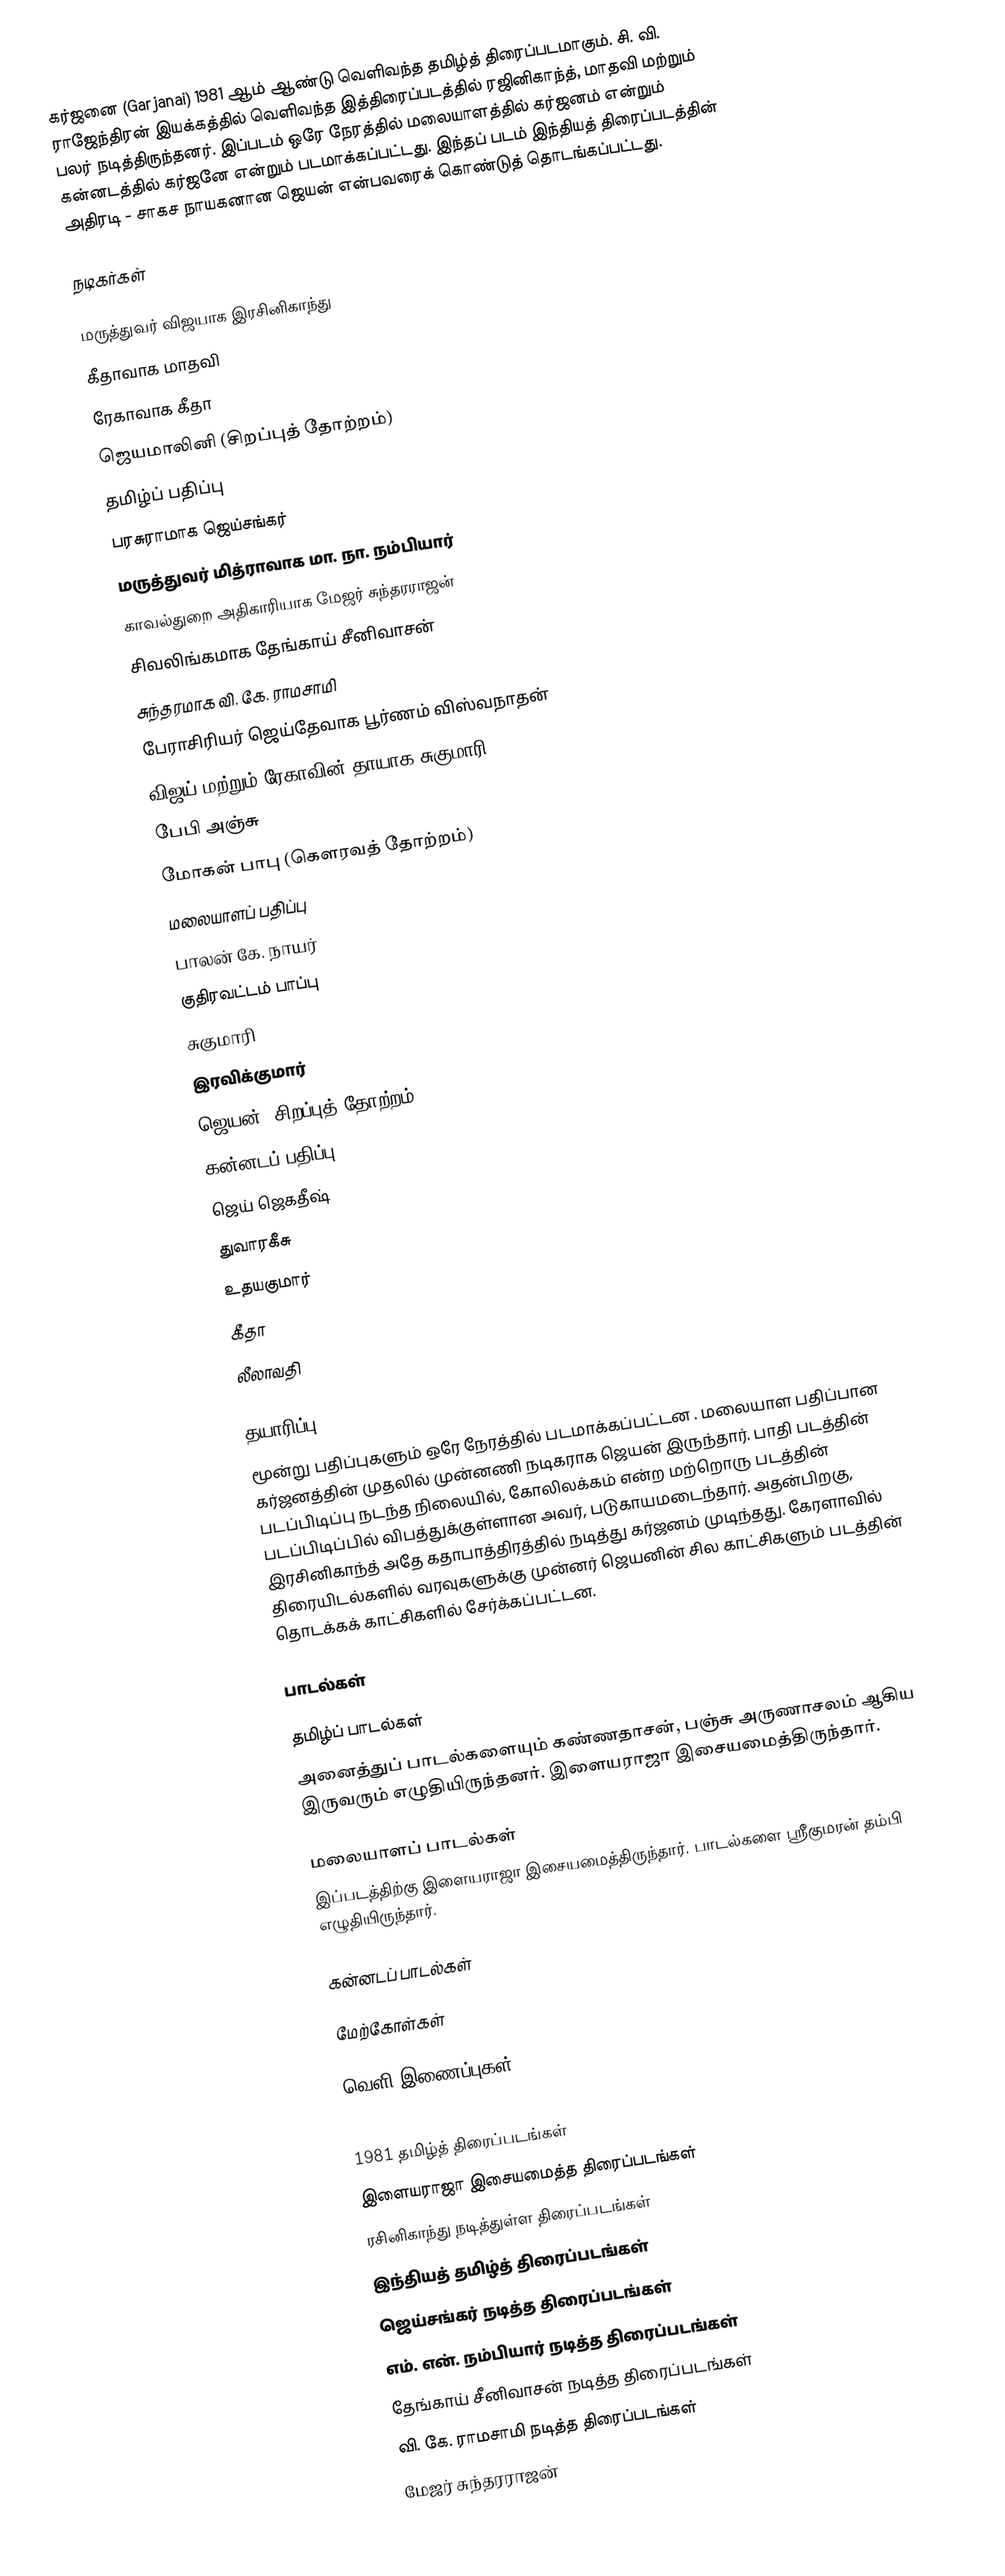
கர்ஜனை (Garjanai) 1981 ஆம் ஆண்டு வெளிவந்த தமிழ்த் திரைப்படமாகும். சி. வி. ராஜேந்திரன் இயக்கத்தில் வெளிவந்த இத்திரைப்படத்தில் ரஜினிகாந்த், மாதவி மற்றும் பலர் நடித்திருந்தனர். இப்படம் ஒரே நேரத்தில் மலையாளத்தில் கர்ஜனம் என்றும் கன்னடத்தில் கர்ஜனே என்றும் படமாக்கப்பட்டது. இந்தப் படம் இந்தியத் திரைப்படத்தின் அதிரடி - சாகச நாயகனான ஜெயன் என்பவரைக் கொண்டுத் தொடங்கப்பட்டது.

நடிகர்கள்

 மருத்துவர் விஜயாக இரசினிகாந்து
 கீதாவாக மாதவி
 ரேகாவாக கீதா
 ஜெயமாலினி (சிறப்புத் தோற்றம்)
 தமிழ்ப் பதிப்பு
 பரசுராமாக ஜெய்சங்கர்
 மருத்துவர் மித்ராவாக மா. நா. நம்பியார்
 காவல்துறை அதிகாரியாக மேஜர் சுந்தரராஜன்
 சிவலிங்கமாக தேங்காய் சீனிவாசன்
 சுந்தரமாக வி. கே. ராமசாமி
 பேராசிரியர் ஜெய்தேவாக பூர்ணம் விஸ்வநாதன்
 விஜய் மற்றும் ரேகாவின் தாயாக சுகுமாரி
 பேபி அஞ்சு
மோகன் பாபு (கௌரவத் தோற்றம்)
 மலையாளப் பதிப்பு
 பாலன் கே. நாயர்
 குதிரவட்டம் பாப்பு
 சுகுமாரி
 இரவிக்குமார்
 ஜெயன் (சிறப்புத் தோற்றம்)
 கன்னடப் பதிப்பு
 ஜெய் ஜெகதீஷ்
 துவாரகீசு
 உதயகுமார்
 கீதா
 லீலாவதி

தயாரிப்பு
மூன்று பதிப்புகளும் ஒரே நேரத்தில் படமாக்கப்பட்டன . மலையாள பதிப்பான கர்ஜனத்தின் முதலில் முன்னணி நடிகராக ஜெயன் இருந்தார். பாதி படத்தின் படப்பிடிப்பு நடந்த நிலையில், கோலிலக்கம் என்ற மற்றொரு படத்தின் படப்பிடிப்பில் விபத்துக்குள்ளான அவர், படுகாயமடைந்தார். அதன்பிறகு, இரசினிகாந்த் அதே கதாபாத்திரத்தில் நடித்து கர்ஜனம் முடிந்தது. கேரளாவில் திரையிடல்களில் வரவுகளுக்கு முன்னர் ஜெயனின் சில காட்சிகளும் படத்தின் தொடக்கக் காட்சிகளில் சேர்க்கப்பட்டன.

பாடல்கள்

தமிழ்ப் பாடல்கள்
அனைத்துப் பாடல்களையும் கண்ணதாசன், பஞ்சு அருணாசலம் ஆகிய இருவரும் எழுதியிருந்தனர். இளையராஜா இசையமைத்திருந்தார்.

மலையாளப் பாடல்கள்
இப்படத்திற்கு இளையராஜா இசையமைத்திருந்தார். பாடல்களை ஸ்ரீகுமரன் தம்பி எழுதியிருந்தார்.

கன்னடப் பாடல்கள்

மேற்கோள்கள்

வெளி இணைப்புகள்

1981 தமிழ்த் திரைப்படங்கள்
இளையராஜா இசையமைத்த திரைப்படங்கள்
ரசினிகாந்து நடித்துள்ள திரைப்படங்கள்
இந்தியத் தமிழ்த் திரைப்படங்கள்
ஜெய்சங்கர் நடித்த திரைப்படங்கள்
எம். என். நம்பியார் நடித்த திரைப்படங்கள்
தேங்காய் சீனிவாசன் நடித்த திரைப்படங்கள்
வி. கே. ராமசாமி நடித்த திரைப்படங்கள்
மேஜர் சுந்தரராஜன்